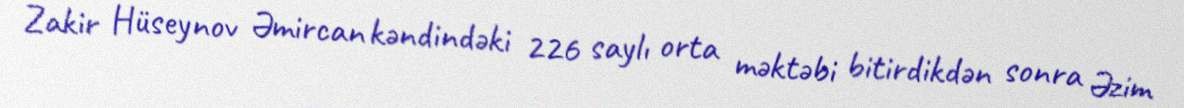
Zakir Hüseynov Əmircan kəndindəki 226 saylı orta məktəbi bitirdikdən sonra Əzim